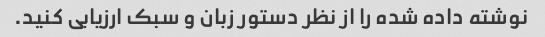
نوشته داده شده را از نظر دستور زبان و سبک ارزیابی کنید.